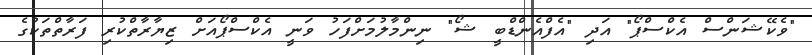
"ވެކޭޝަންސް އެކްސްޕޯ" އަދި "އެފްއެންޑްބީ ޝޯ" ނިންމާލުމަށްފަހު ވަނީ އެކްސްޕޯއަށް ޒިޔާރާތްކުރި ފަރާތްތަކުގެ